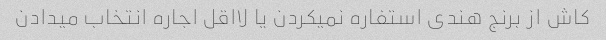
کاش از برنج هندی استفاره نمیکردن یا لااقل اجاره انتخاب میدادن